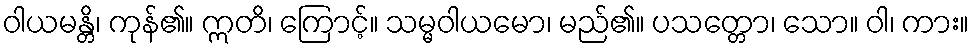
ဝါယမန္တိ၊ ကုန်၏။ ဣတိ၊ ကြောင့်။ သမ္မဝါယမော၊ မည်၏။ ပသတ္တော၊ သော။ ဝါ၊ ကား။